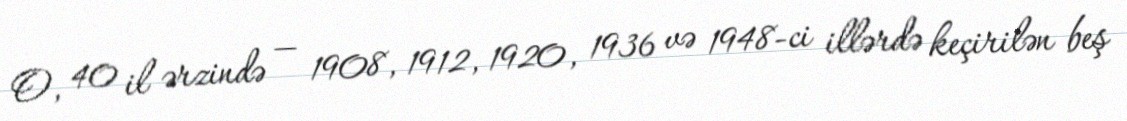
O, 40 il ərzində — 1908, 1912, 1920, 1936 və 1948-ci illərdə keçirilən beş